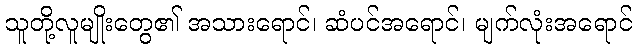
သူတို့လူမျိုးတွေ၏ အသားရောင်၊ ဆံပင်အရောင်၊ မျက်လုံးအရောင်